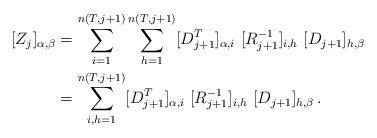
LaTeX: \begin{align*} [Z_j]_{\alpha, \beta} &= \sum_{i = 1}^{n(T, j+1)}\sum_{h = 1}^{n(T, j+1)}[D_{j+1}^T]_{\alpha, i} \ [R_{j+1}^{-1}]_{i, h} \ [D_{j+1}]_{h, \beta}\\ &= \sum_{i, h = 1}^{n(T, j+1)}[D_{j+1}^T]_{\alpha, i} \ [R_{j+1}^{-1}]_{i, h} \ [D_{j+1}]_{h, \beta} \, . \end{align*}